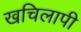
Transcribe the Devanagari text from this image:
खचिलापी